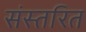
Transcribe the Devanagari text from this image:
संस्तरित